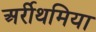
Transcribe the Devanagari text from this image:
अर्रीथमिया